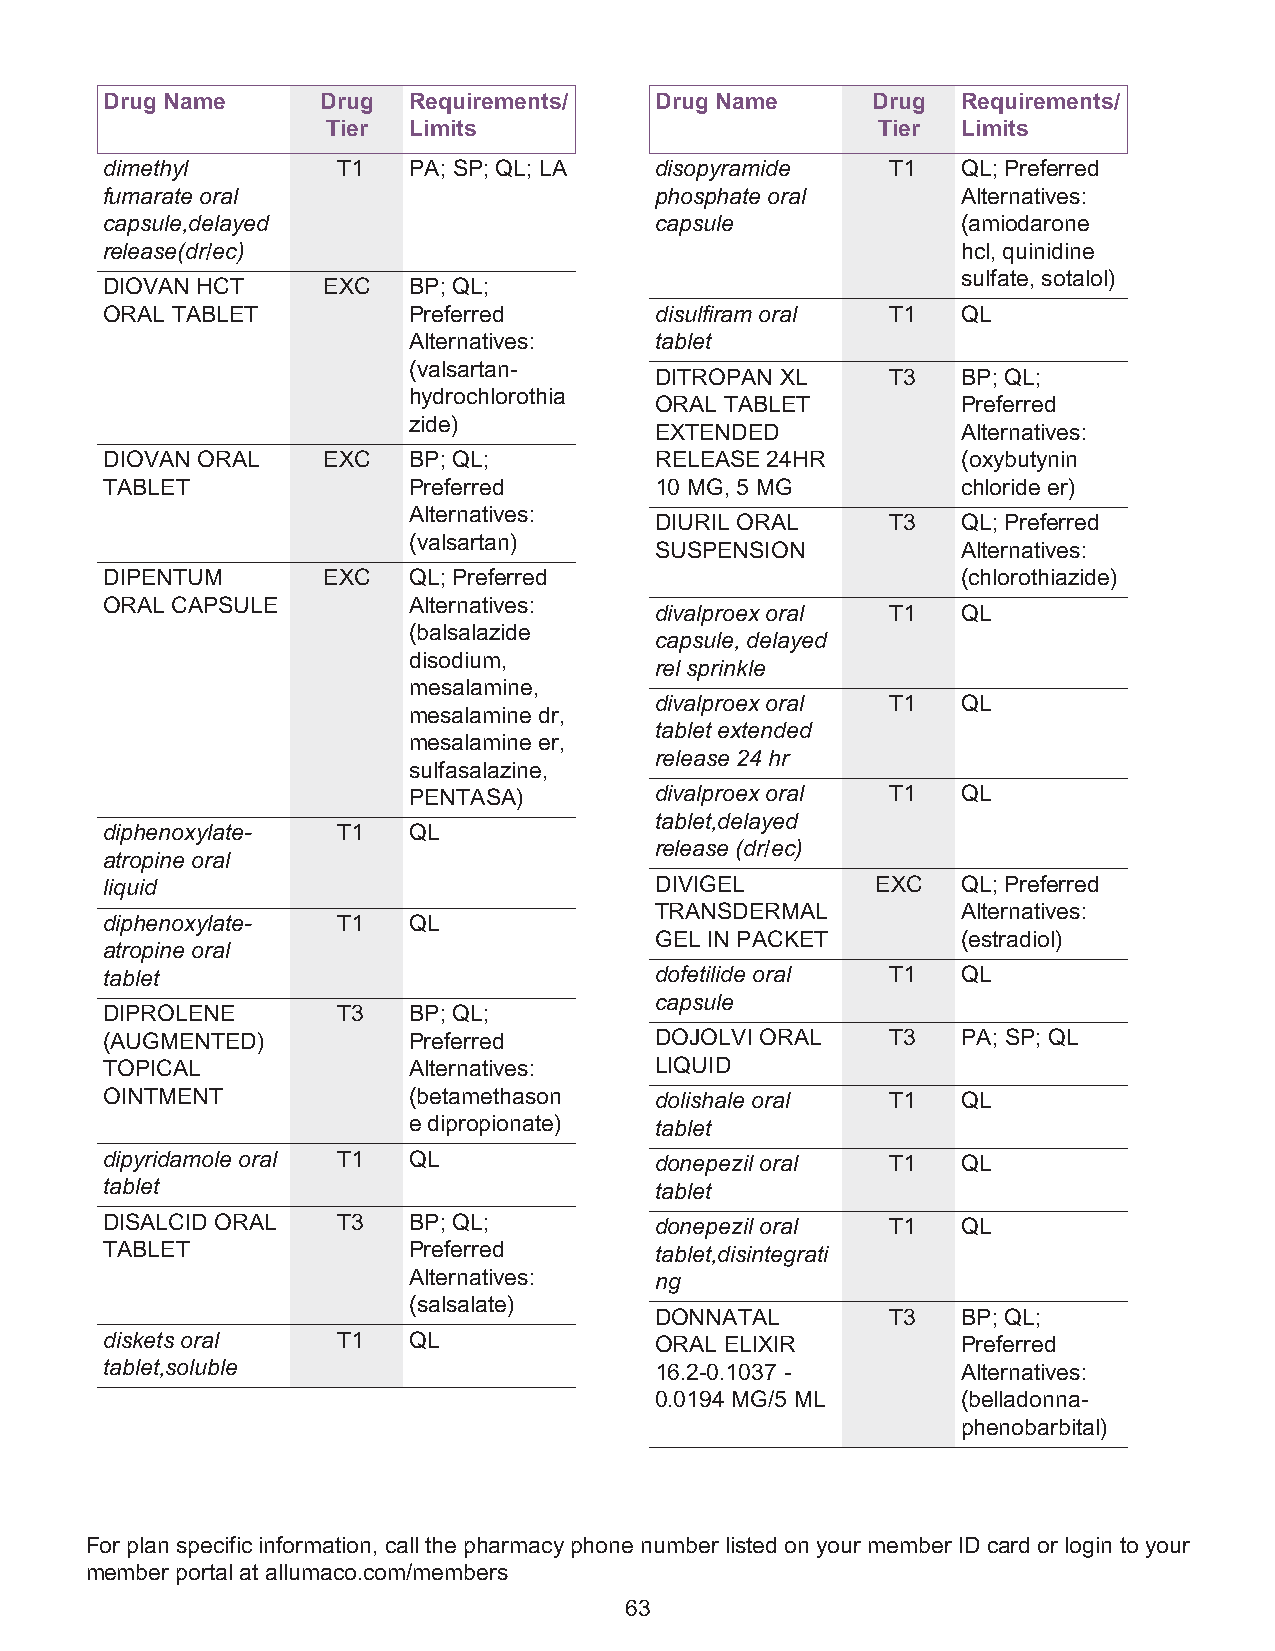
Drug Name     Drug  Requirements/   Drug Name      Drug  Requirements/
 Tier Limits                         Tier  Limits
 dimethyl       T1   PA; SP; QL; LA  disopyramide    T1   QL; Preferred
 fumarate oral                       phosphate oral       Alternatives:
 capsule,delayed                     capsule              (amiodarone
 release(dr/ec)                                           hcl, quinidine
 sulfate, sotalol)
 DIOVAN HCT    EXC   BP; QL;
 ORAL TABLET         Preferred       disulfiram oral T1   QL
 Alternatives:   tablet
 (valsartan-
 DITROPAN XL     T3   BP; QL;
 hydrochlorothia
 ORAL TABLET          Preferred
 zide)
 EXTENDED             Alternatives:
 DIOVAN ORAL   EXC   BP; QL;         RELEASE 24HR         (oxybutynin
 TABLET              Preferred       10 MG, 5 MG          chloride er)
 Alternatives:
 DIURIL ORAL     T3   QL; Preferred
 (valsartan)
 SUSPENSION           Alternatives:
 DIPENTUM      EXC   QL; Preferred                        (chlorothiazide)
 ORAL CAPSULE        Alternatives:
 divalproex oral T1   QL
 (balsalazide
 capsule, delayed
 disodium,
 rel sprinkle
 mesalamine,
 divalproex oral T1   QL
 mesalamine dr,
 tablet extended
 mesalamine er,
 release 24 hr
 sulfasalazine,
 PENTASA)        divalproex oral T1   QL
 tablet,delayed
 diphenoxylate- T1   QL
 release (dr/ec)
 atropine oral
 liquid                              DIVIGEL        EXC   QL; Preferred
 TRANSDERMAL          Alternatives:
 diphenoxylate- T1   QL
 GEL IN PACKET        (estradiol)
 atropine oral
 tablet                              dofetilide oral T1   QL
 capsule
 DIPROLENE      T3   BP; QL;
 (AUGMENTED)         Preferred       DOJOLVI ORAL    T3   PA; SP; QL
 TOPICAL             Alternatives:   LIQUID
 OINTMENT            (betamethason   dolishale oral  T1   QL
 e dipropionate) tablet
 dipyridamole oral T1 QL             donepezil oral  T1   QL
 tablet                              tablet
 DISALCID ORAL  T3   BP; QL;         donepezil oral  T1   QL
 TABLET              Preferred       tablet,disintegrati
 Alternatives:   ng
 (salsalate)
 DONNATAL        T3   BP; QL;
 diskets oral   T1   QL              ORAL ELIXIR          Preferred
 tablet,soluble                      16.2-0.1037 -        Alternatives:
 0.0194 MG/5 ML       (belladonna-
 phenobarbital)
 For plan specific information, call the pharmacy phone number listed on your member ID card or login to your
 member portal at allumaco.com/members
 63